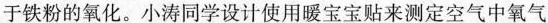
于铁粉的氧化。小涛同学设计使用暖宝宝贴来测定空气中氧气